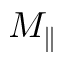
M _ { \parallel }